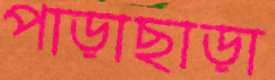
পাড়াছাড়া